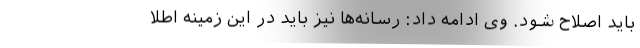
باید اصلاح شود. وی ادامه داد: رسانه‌ها نیز باید در این زمینه اطلا